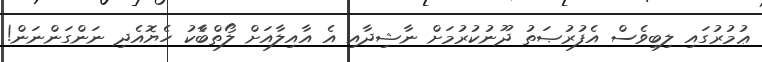
ޢުމުރުގައި ލިބިވެސް އެފުރުޞަތު ދޫނުކުރުމަށް ނާޝިދާއި އެ އާއިލާއަށް ލޯތްބާެކު ހެޔޮއެދި ނަންގަންނަން!